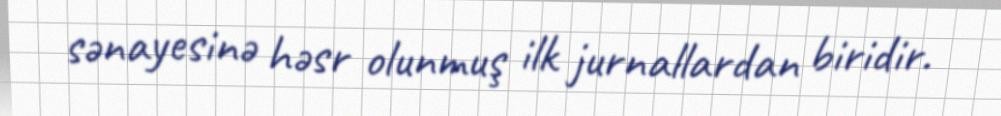
sənayesinə həsr olunmuş ilk jurnallardan biridir.